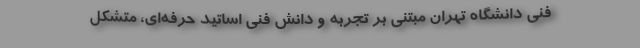
فنی دانشگاه تهران مبتنی بر تجربه و دانش فنی اساتید حرفه‌ای، متشکل